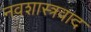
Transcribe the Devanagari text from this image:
नवशास्त्रवाद